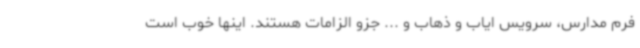
فرم مدارس، سرویس ایاب و ذهاب و ... جزو الزامات هستند. اینها خوب است